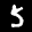
Label: 5